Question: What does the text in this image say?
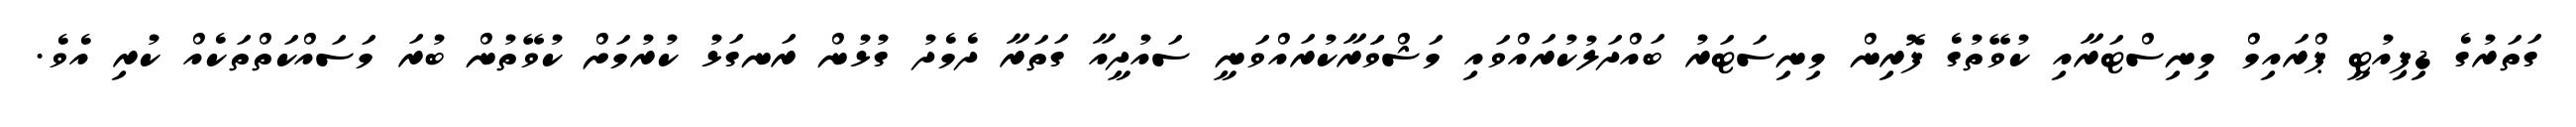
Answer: ގަތަރުގެ ޑިޕިއުޓީ ޕްރައިމް މިނިސްޓަރާއި ކުވޭތުގެ ފޮރިން މިނިސަޓަރު ބައްދަލުކުރައްވައި މަޝްވަަރާކުރައްވަނީ ސައުދީއާ ގަތަރާ ދެމެދު ގުޅުން ރަނގަޅު ކުރުމަށް ކުވޭތުން ބުރަ މަސައްކަތްތަކެއް ކުރި އެވެ.